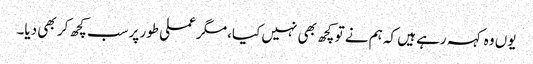
یوں وہ کہہ رہے ہیں کہ ہم نے تو کچھ بھی نہیں کیا، مگر عملی طور پرسب کچھ کر بھی دیا۔